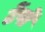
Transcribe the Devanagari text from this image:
टेंपों